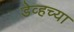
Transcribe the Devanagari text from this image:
डेव्हच्या